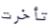
تأخرت